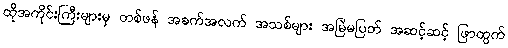
ထိုအကိုင်းကြီးများမှ တစ်ဖန် အခက်အလက် အသစ်များ အမြဲမပြတ် အဆင့်ဆင့် ဖြာထွက်